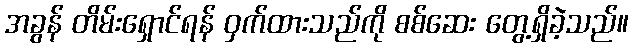
အခွန် တိမ်းရှောင်ရန် ဝှက်ထားသည်ကို စစ်ဆေး တွေ့ရှိခဲ့သည်။